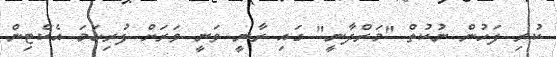
ކުރި ފަހުން ނުކުތް "މަރްދާނީ" ގައި ރާނީ ވަނީ ވަރަށް ފުރިހަމަ އެކްޓިން